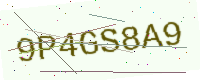
Text: 9P4GS8A9